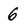
Character: 6